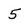
Character: 5